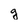
Character: g